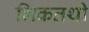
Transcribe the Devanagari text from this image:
भिकतथी